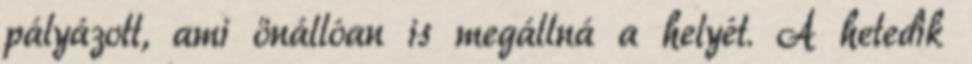
pályázott, ami önállóan is megállná a helyét. A hetedik